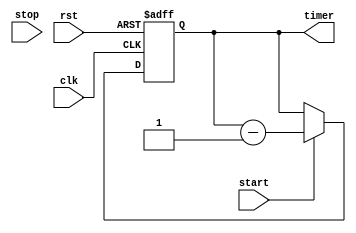
module countdown_timer(
    input wire clk, // Clock signal
    input wire rst, // Reset signal
    input wire start, // Start countdown signal
    input wire stop, // Stop countdown signal
    output reg [7:0] timer // Countdown timer value (preset to 8-bit)
);

// Timing control block
always @ (posedge clk or posedge rst)
begin
    if (rst) // Reset timer to preset value
        timer <= 8'b11111111; // Preset value (example)
    else if (start) // Start countdown
        timer <= timer - 1; // Decrement timer at each clock cycle
    else if (stop) // Stop countdown
        timer <= timer; // Do not decrement timer
end

// Synchronization block
reg [7:0] synced_timer;
always @ (posedge clk)
begin
    synced_timer <= timer; // Synchronize timer value with clock signal
end

endmodule